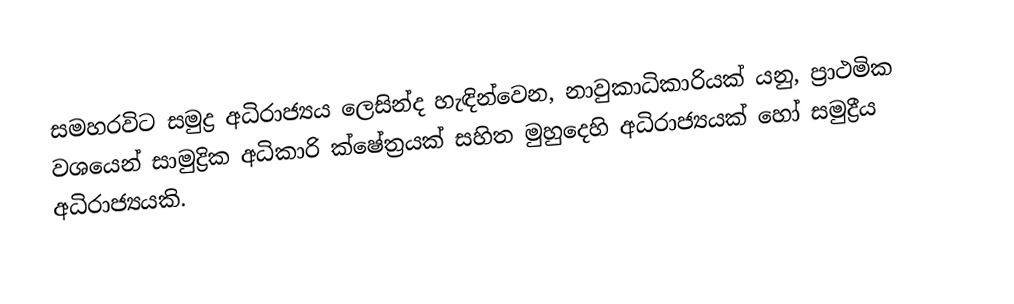
සමහරවිට සමුද්‍ර අධිරාජ්‍යය ලෙසින්ද හැඳින්වෙන, නාවුකාධිකාරියක් යනු, ප්‍රාථමික වශයෙන්  සාමුද්‍රික අධිකාරි ක්ෂේත්‍රයක් සහිත මුහුදෙහි අධිරාජ්‍යයක් හෝ සමුද්‍රීය අධිරාජ්‍යයකි.